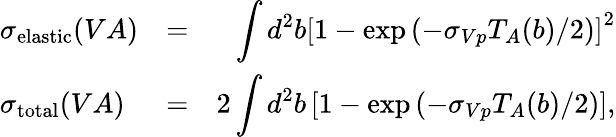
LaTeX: \begin{array}{lcr}{{\sigma_{\mathrm{elastic}}(VA)}}&{{=}}&{{\displaystyle\int d^{2}b\left[1-\exp\left(-\sigma_{Vp}T_{A}(b)/2\right)\right]^{2}}}\\ {{\sigma_{\mathrm{total}}(VA)}}&{{=}}&{{2\displaystyle\int d^{2}b\left[1-\exp\left(-\sigma_{Vp}T_{A}(b)/2\right)\right],}}\end{array}